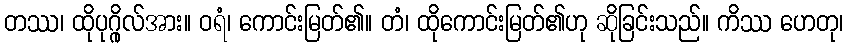
တဿ၊ ထိုပုဂ္ဂိုလ်အား။ ဝရံ၊ ကောင်းမြတ်၏။ တံ၊ ထိုကောင်းမြတ်၏ဟု ဆိုခြင်းသည်။ ကိဿ ဟေတု၊